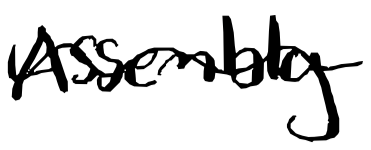
Text: Assembly
Cross-out: wave
Writing tool: digital_black